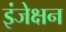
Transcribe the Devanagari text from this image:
इंजेक्षन